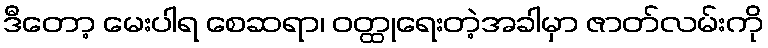
ဒီတော့ မေးပါရ စေဆရာ၊ ဝတ္ထုရေးတဲ့အခါမှာ ဇာတ်လမ်းကို